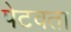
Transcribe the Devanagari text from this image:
पेटवता